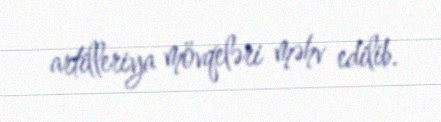
artilleriya mövqeləri məhv edilib.